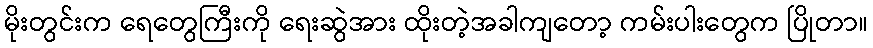
မိုးတွင်းက ရေတွေကြီးကို ရေးဆွဲအား ထိုးတဲ့အခါကျတော့ ကမ်းပါးတွေက ပြိုတာ။